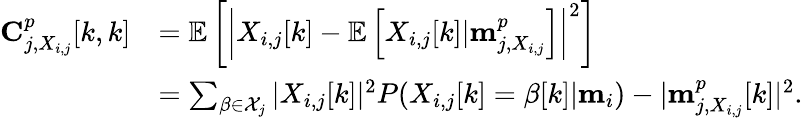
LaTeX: \begin{array}{rl}{\mathbf{C}_{j,X_{i,j}}^{p}[k,k]}&{=\mathbb{E}\left[\left|X_{i,j}[k]-\mathbb{E}\left[X_{i,j}[k]|\mathbf{m}_{j,X_{i,j}}^{p}\right]\right|^{2}\right]}\\ &{=\sum_{\beta\in\mathcal{X}_{j}}|X_{i,j}[k]|^{2}P(X_{i,j}[k]=\beta[k]|\mathbf{m}_{i})-|\mathbf{m}_{j,X_{i,j}}^{p}[k]|^{2}.}\end{array}